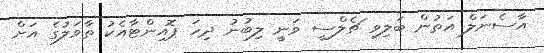
އާސެނަލް އަތުން ބަލިވި ޗެލްސީ ވަނީ ލިބުނު ދިހަ ޕޮއިންޓާއެކު ތާވަލުގެ އަށް